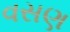
વસણ